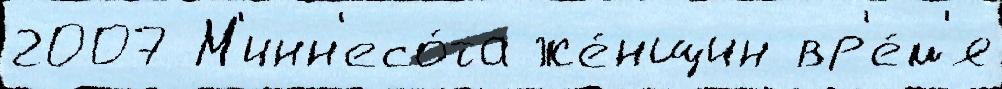
2007 М'инн'есо́та же́нщин вр'е́м'я